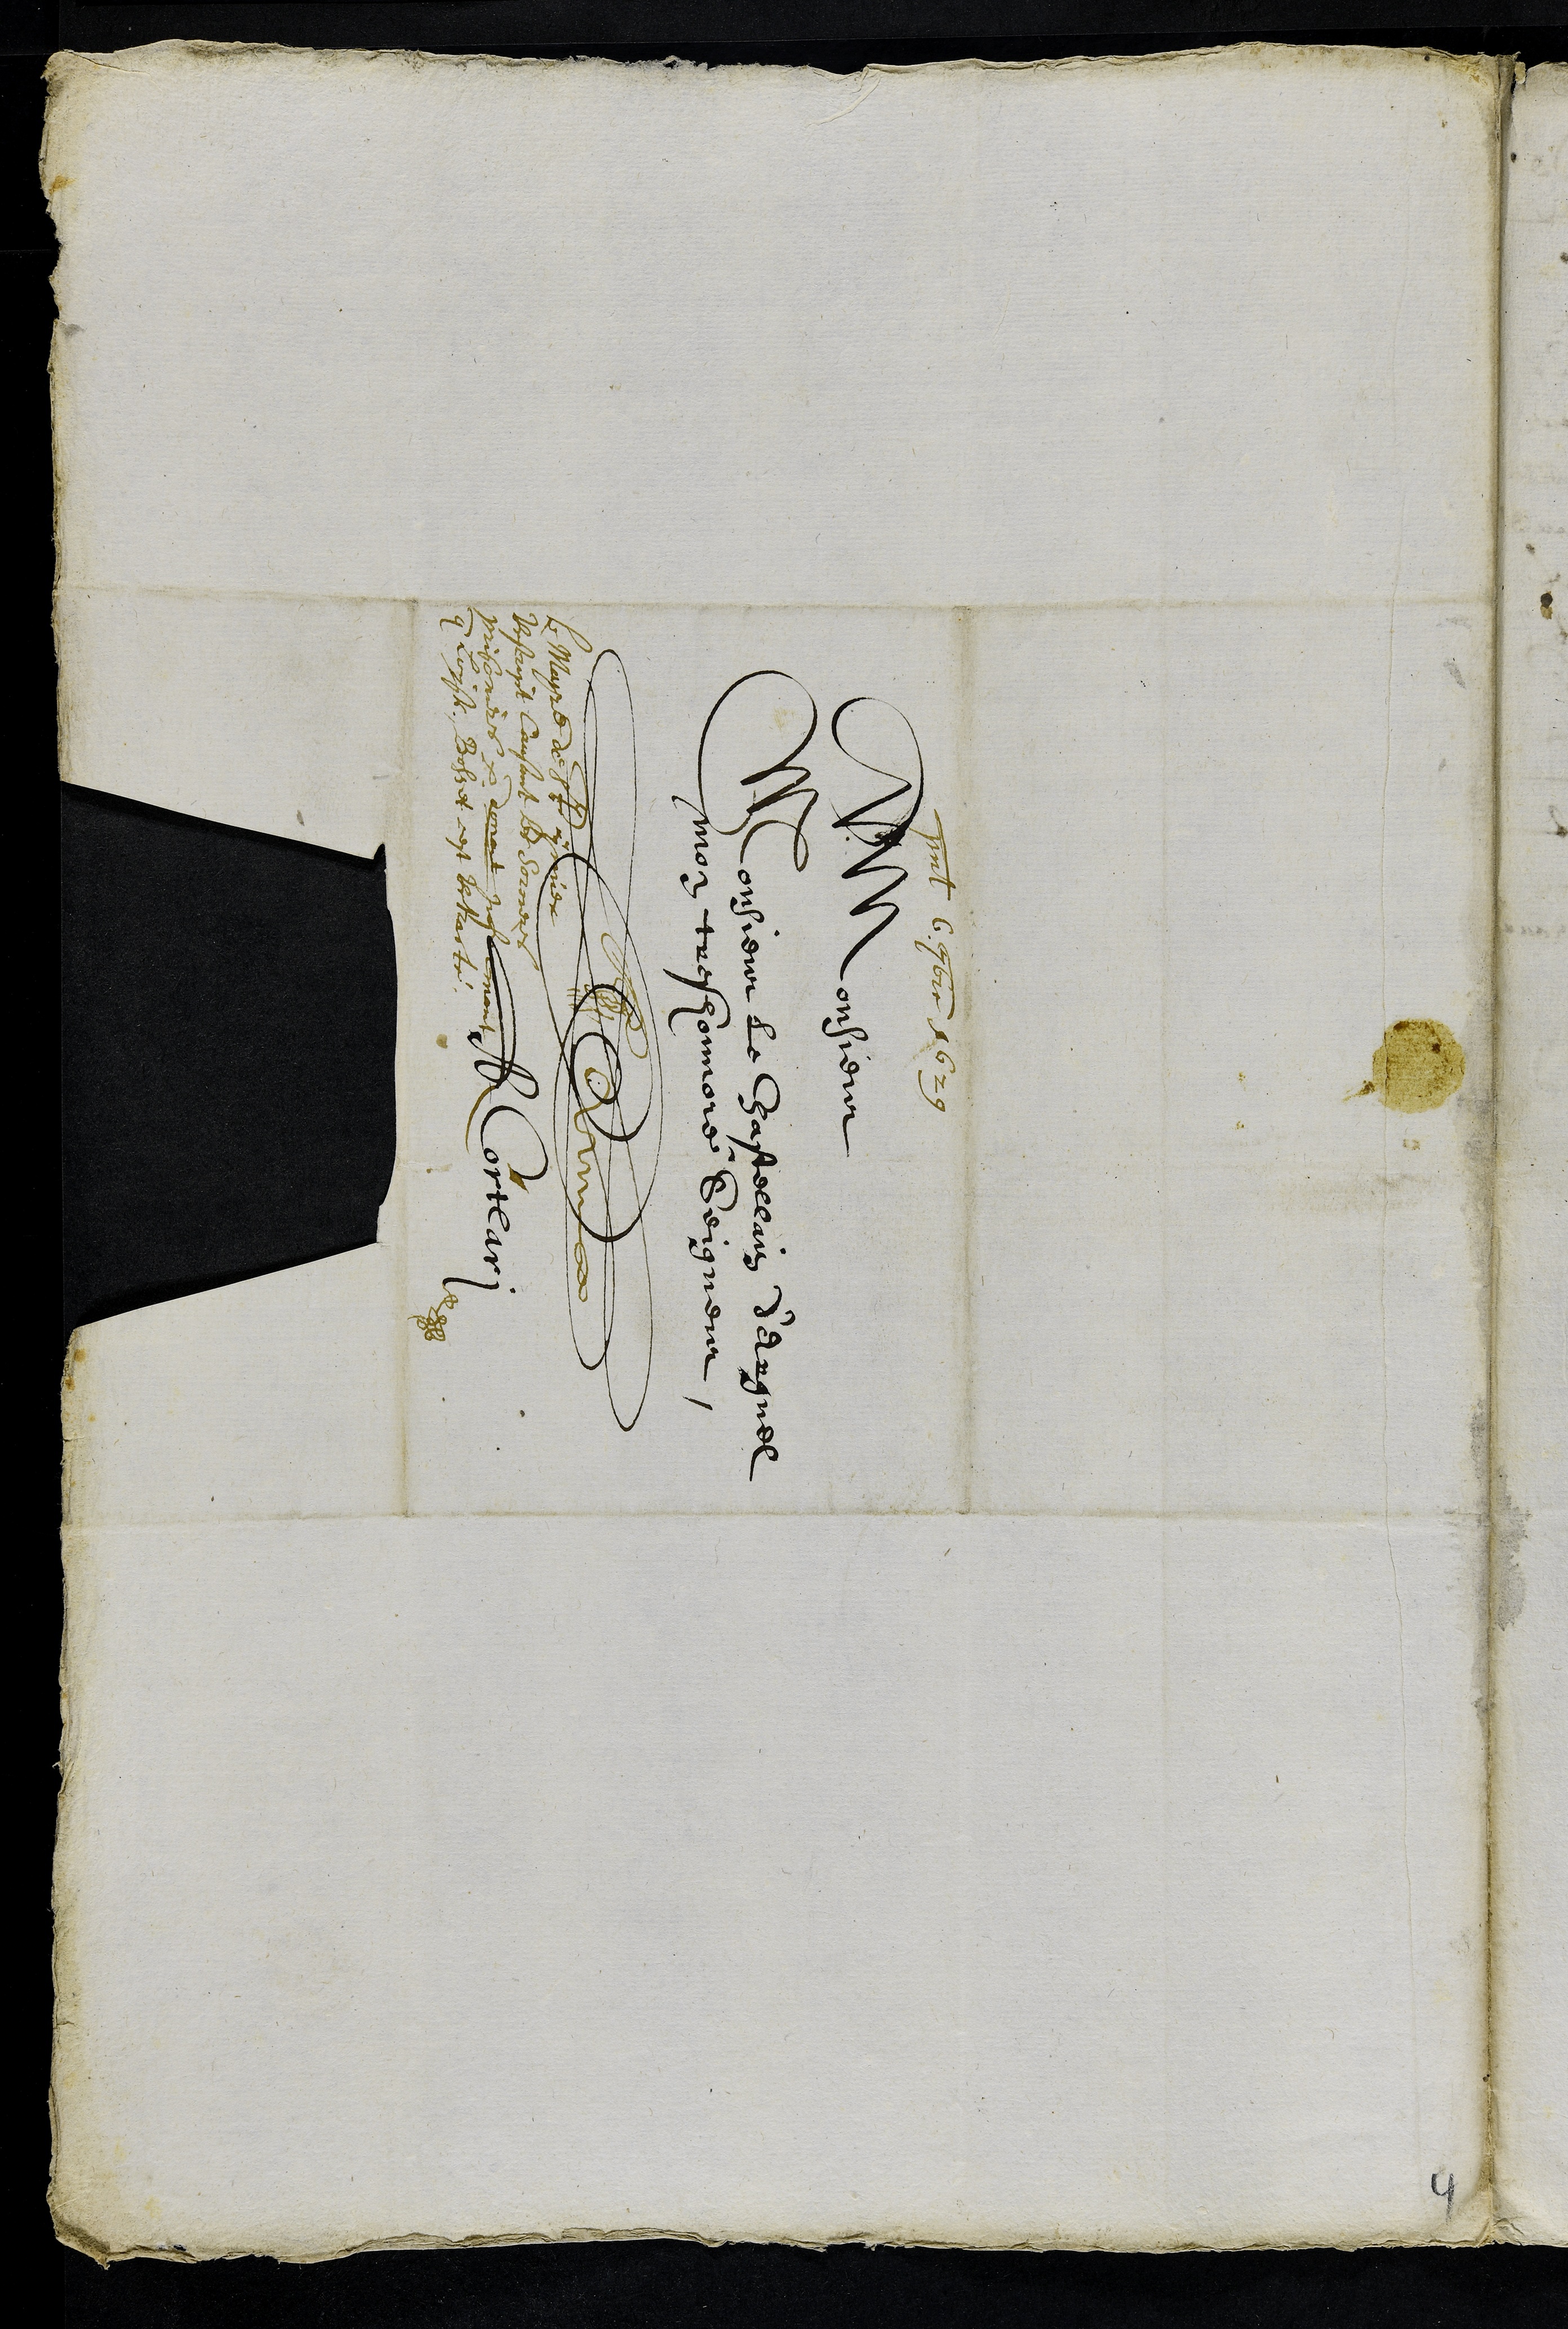
presentatum 6. 7bre 1629
A Monsieur
Monsieur le Chastellain d'Erguel
mon tres honoré Seigneur
A Cortelari
Le Mayre de St ymier
Rescript causant les sorcieres
prisonieres donant informant
que Louises Bosset cest Retracté
4